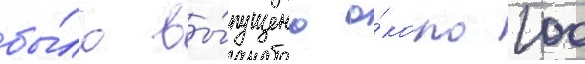
бы́ло вы́пущено о́коло 100